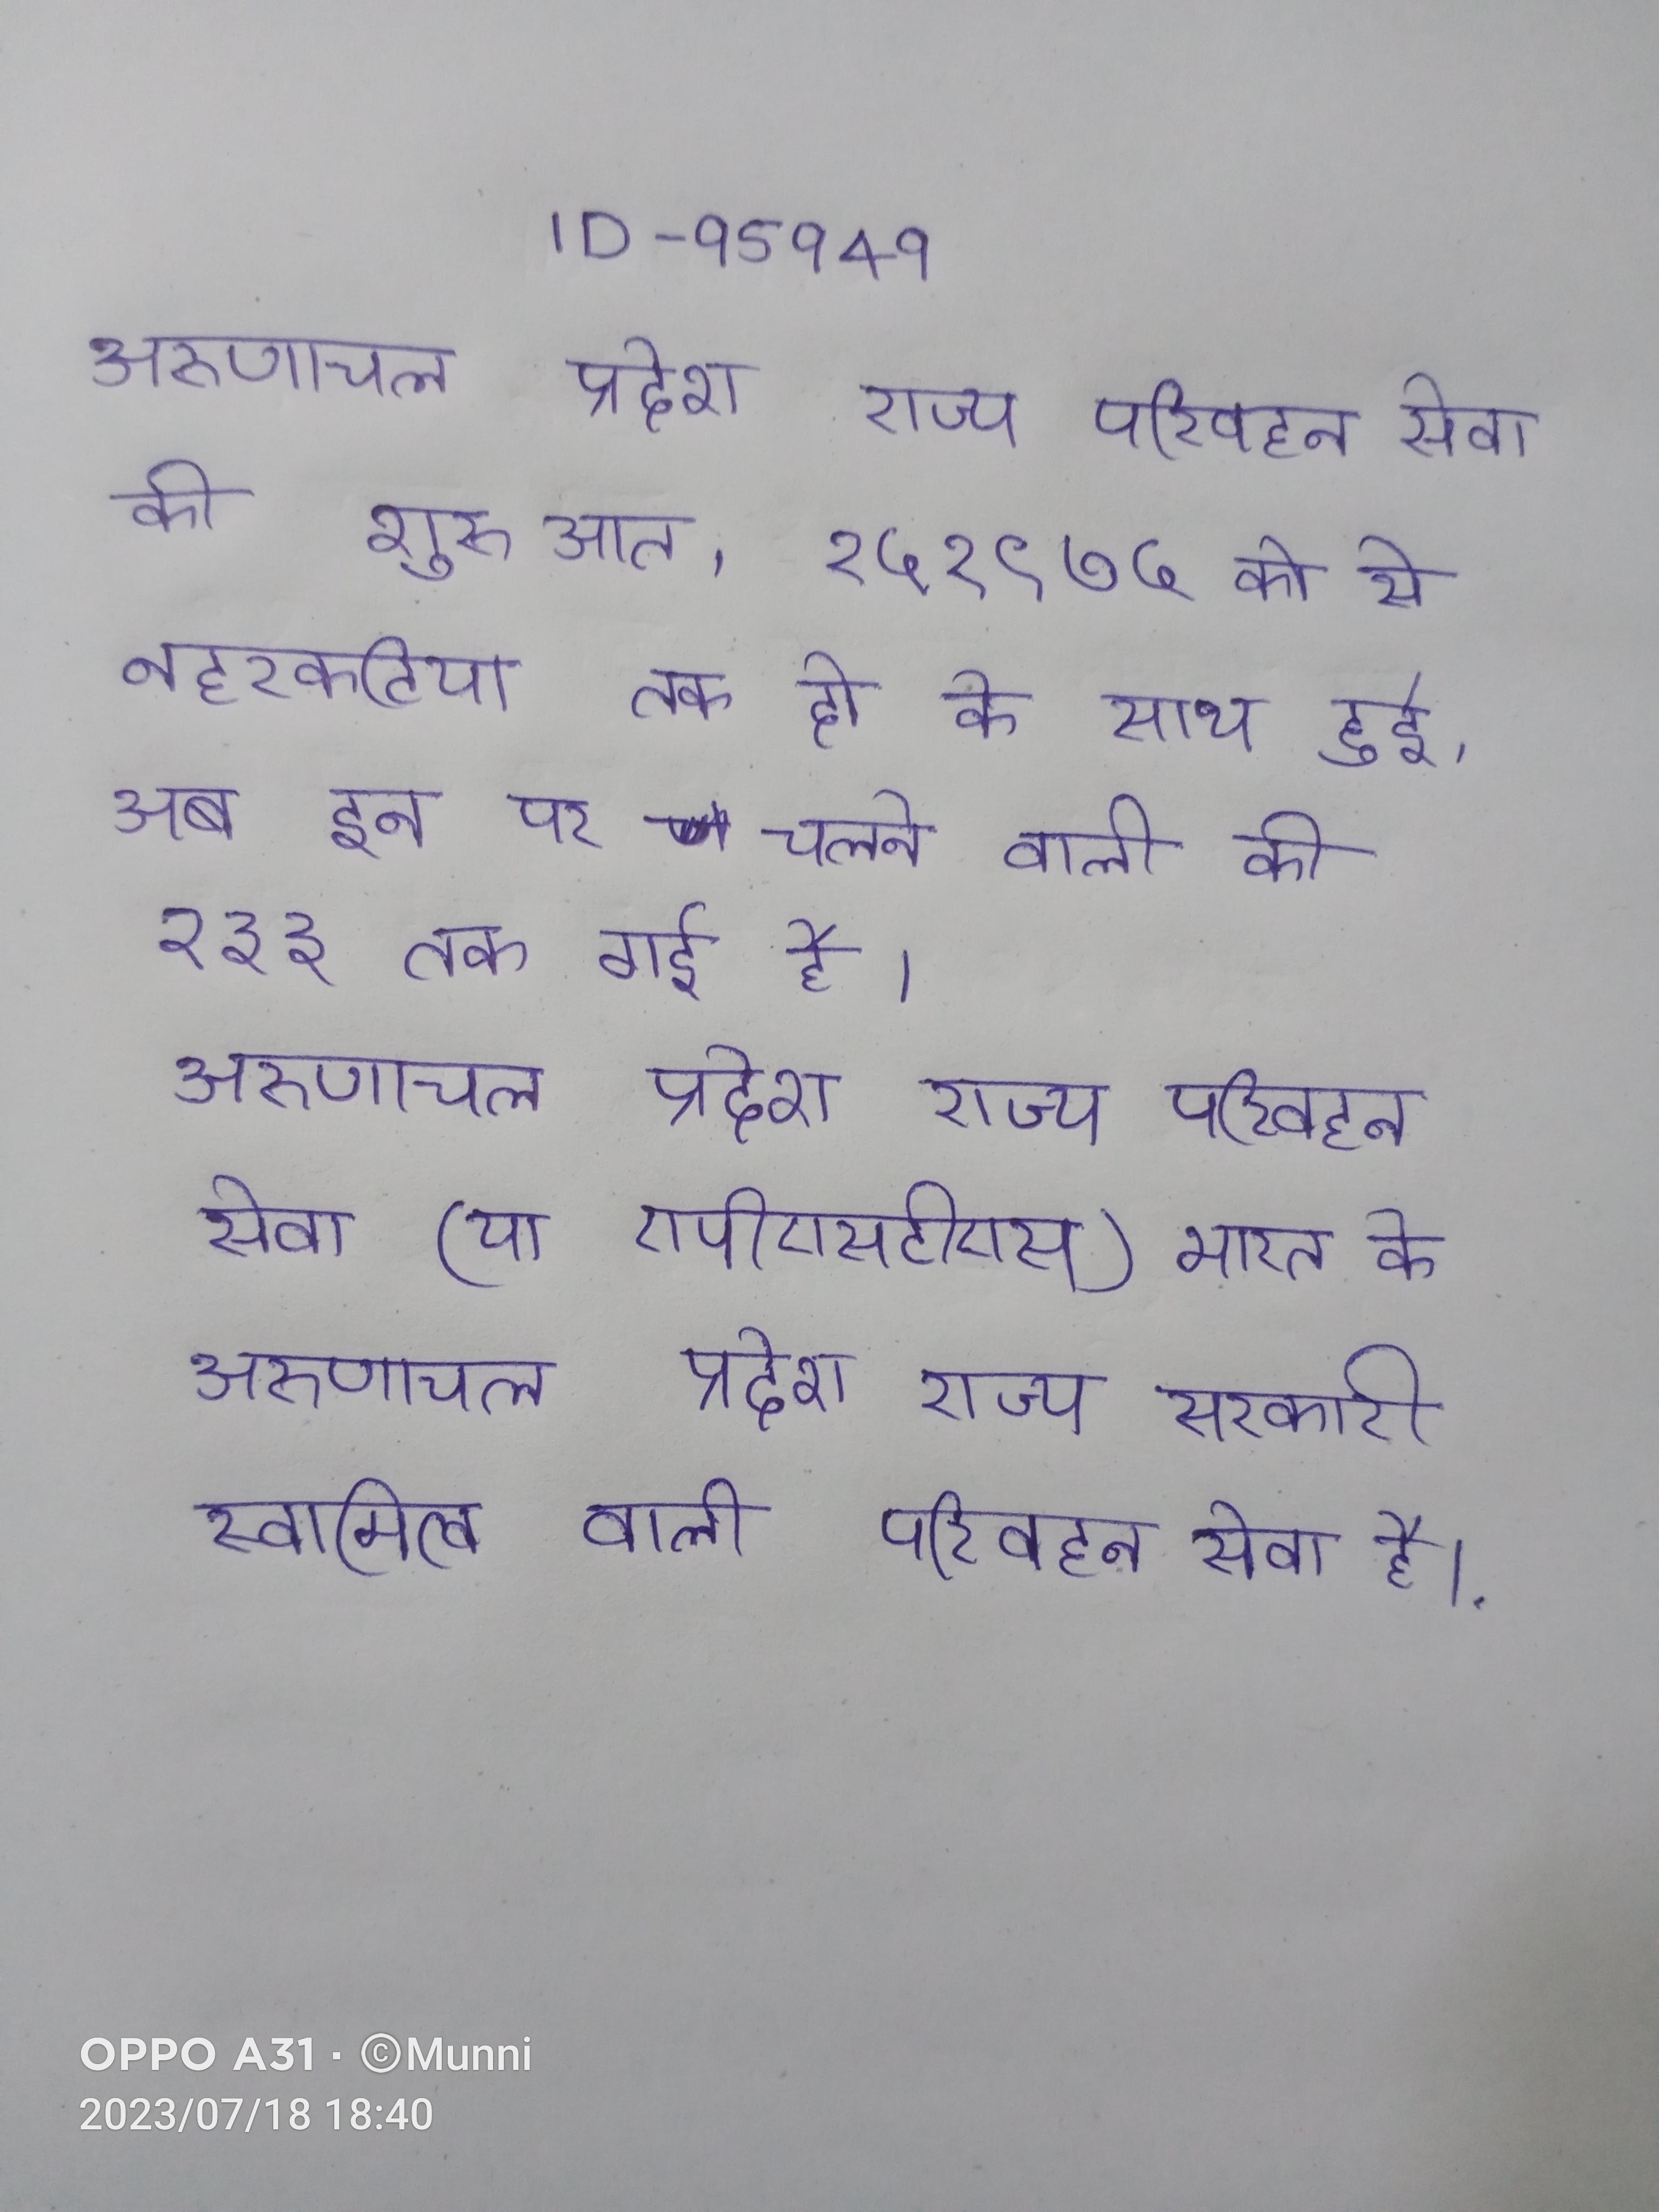
अरुणाचल प्रदेश राज्य परिवहन सेवा की शुरुआत, १५ १९७५ को से नहरकटिया तक दो के साथ हुई, अब इन पर चलने वाली की २३३ तक गई है । अरुणाचल प्रदेश राज्य परिवहन सेवा (या एपीएसटीएस) भारत के अरुणाचल प्रदेश राज्य सरकारी स्वामित्व वाली परिवहन सेवा है ।